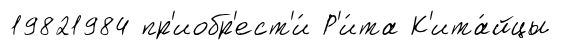
19821984 пр'иобр'ест'и́ Р'и́та К'ита́йцы